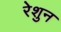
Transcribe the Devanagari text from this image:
रेशुन